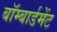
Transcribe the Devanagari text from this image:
बॉम्बार्डमेंट